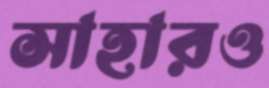
সাহারও